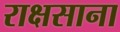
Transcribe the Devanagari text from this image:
राक्षसाना